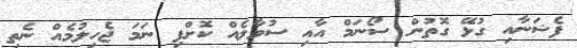
ފެޝަނާއި ގުޅޭ ގޮތުން ސޯނަމް އާއި ސުވާލެއް ކޮށްފި ނަމަ ޖެހިލުމެއް ނެތި